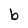
Character: b